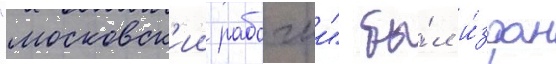
"московск'ии рабочии" бы́л и́здан